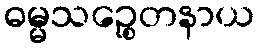
ဓမ္မသဉ္စေတနာယ